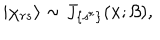
LaTeX: | \chi _ { r s } \rangle \sim J _ { \{ s ^ { r } \} } ( x ; \beta ) ,